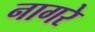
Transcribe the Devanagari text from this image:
नागरे